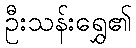
ဦးသန်းရွှေ၏